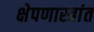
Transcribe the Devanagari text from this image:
क्षेपणास्त्रांत